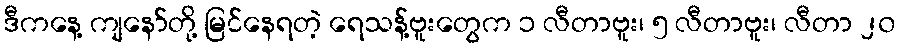
ဒီကနေ့ ကျနော်တို့ မြင်နေရတဲ့ ရေသန့်ဗူးတွေက ၁ လီတာဗူး၊ ၅ လီတာဗူး၊ လီတာ ၂၀